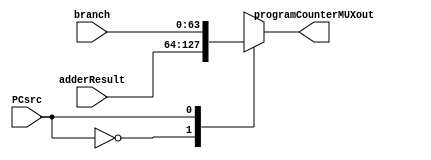
module ProgramCounterMUX
(
	input [63:0] adderResult,
	input [63:0] branch,
	input PCsrc,
	output reg [63:0] programCounterMUXout
);

	always @(*) case (PCsrc)
		0: programCounterMUXout = adderResult;
		1: programCounterMUXout = branch;
		default: programCounterMUXout = adderResult;
	endcase
endmodule